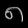
Digit: ၈